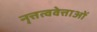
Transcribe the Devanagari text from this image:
नृत्तत्ववेत्ताओं